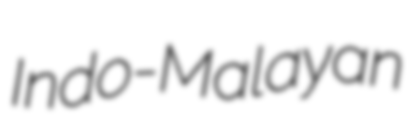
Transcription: Indo-Malayan